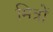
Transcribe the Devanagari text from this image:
मित्रों